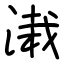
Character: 溨